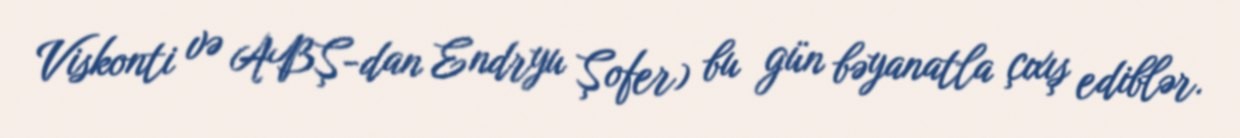
Viskonti və ABŞ-dan Endryu Şofer) bu gün bəyanatla çıxış ediblər.